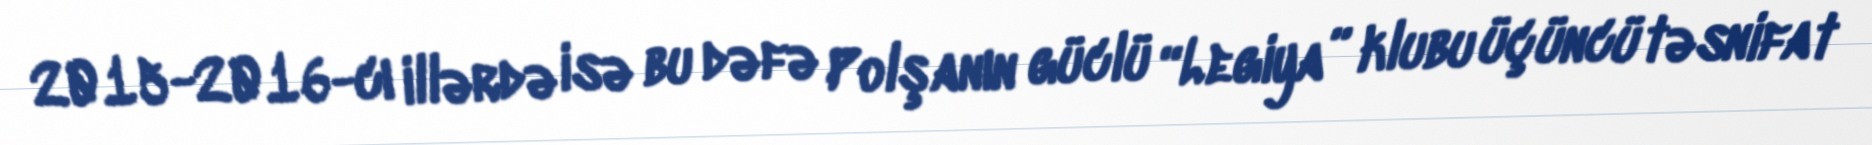
2015-2016-cı illərdə isə bu dəfə Polşanın güclü “Legiya” klubu üçüncü təsnifat